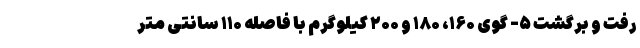
رفت و برگشت ۵- گوی ۱۶۰، ۱۸۰ و ۲۰۰ کیلوگرم با فاصله ۱۱۰ سانتی متر